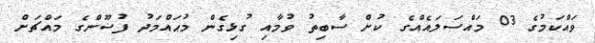
ވައްކަމުގެ 03 މައްސަލައެއްގެ ކުށް ސާބިތު ވުމާއި ގުޅިގެން މުޙައްމަދު ފުޟޫންގެ މައްޗަށް